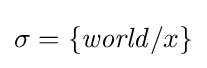
\sigma =\{{\mathit {world}}/x\}